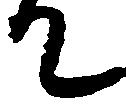
て